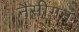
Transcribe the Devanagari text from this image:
नैसीगन